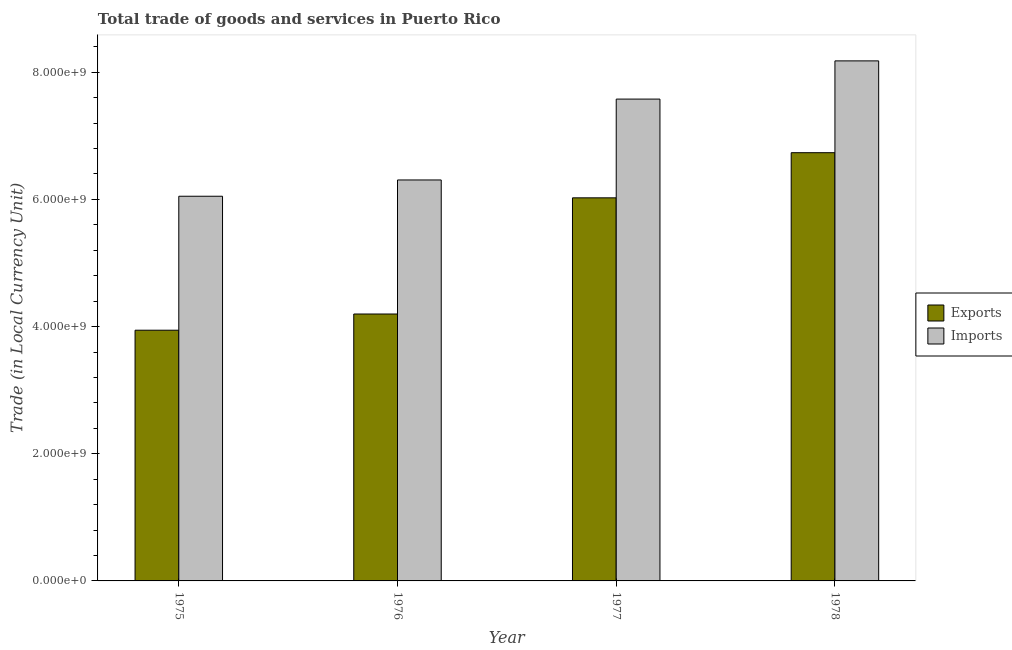
| Year | Exports | Imports |
 | --- | --- | --- |
 | 1975 | 3.94e+09 | 6.05e+09 |
 | 1976 | 4.2e+09 | 6.31e+09 |
 | 1977 | 6.02e+09 | 7.58e+09 |
 | 1978 | 6.74e+09 | 8.18e+09 |